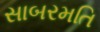
સાબરમતિ